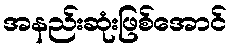
အနည်းဆုံးဖြစ်အောင်